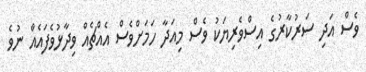
ވެސް އަދި ސަރުކާރުގެ އިސްވެރިޔަކު ވެސް މިއަދާ ހަަމަށްވެސް އެއްޗެއް ވިދާޅުވެފައެއް ނުވެ